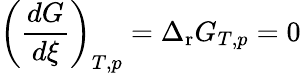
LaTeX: \left({\frac{dG}{d\xi}}\right)_{T,p}=\Delta_{\mathrm{r}}G_{T,p}=0